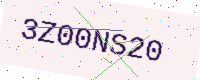
Text: 3Z00NS20